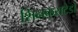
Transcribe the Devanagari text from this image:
शिनकराटेडो